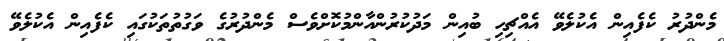
މެންދުރު ކެފެއިން އެކުލެވޭ އެއްޗިހި ބުއިން މަދުކުރުންއާންމުކޮށްވެސް މެންދުރުގެ ވަގުތުތަކުގައި ކެފެއިން އެކުލެވޭ